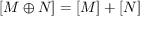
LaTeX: [ M \oplus N ] = [ M ] + [ N ]